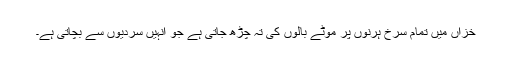
خزاں میں تمام سرخ ہرنوں پر موٹے بالوں کی تہ چڑھ جاتی ہے جو انہیں سردیوں سے بچاتی ہے۔